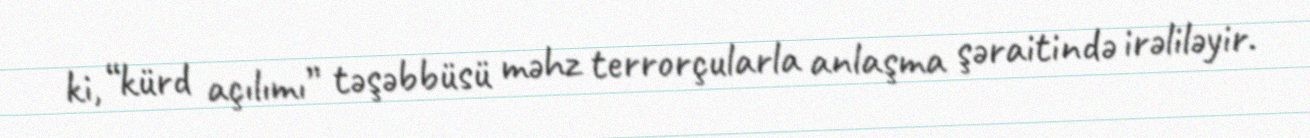
ki, “kürd açılımı” təşəbbüsü məhz terrorçularla anlaşma şəraitində irəliləyir.